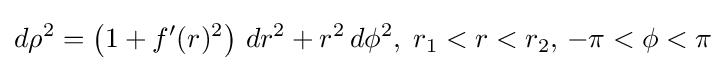
d\rho ^{2}=\left(1+f^{\prime }(r)^{2}\right)\,dr^{2}+r^{2}\,d\phi ^{2},\;r_{1}<r<r_{2},\,-\pi <\phi <\pi